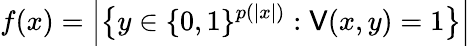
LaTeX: f(x)={\Big|}{\big\{ }y\in\{ 0,1\} ^{p(|x|)}:\mathsf{V}(x,y)=1{\big\} }{\Big|}